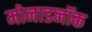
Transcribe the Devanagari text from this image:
मोनाडनॉक